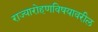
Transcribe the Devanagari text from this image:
राज्यारोहणविषयावरील